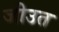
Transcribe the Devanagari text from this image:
जीउत